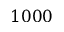
1 0 0 0